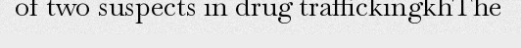
of two suspects in drug traffickingkhThe